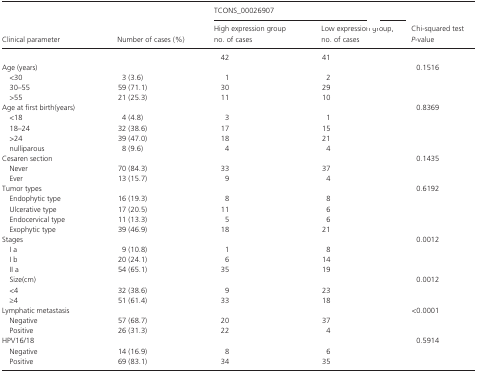
<table><thead><tr><td rowspan="2"><b>Clinical parameter</b></td><td rowspan="2"><b>Number of cases (%)</b></td><td colspan="2"><b>TCONS_00026907</b></td><td rowspan="2"><b>Chi‐squared test <i>P</i>‐value</b></td></tr><tr><td><b>High expression group no. of cases</b></td><td><b>Low expression group, no. of cases</b></td></tr></thead><tbody><tr><td></td><td></td><td>42</td><td>41</td><td></td></tr><tr><td>Age (years)</td><td></td><td></td><td></td><td>0.1516</td></tr><tr><td>&lt;30</td><td>3 (3.6)</td><td>1</td><td>2</td><td></td></tr><tr><td>30–55</td><td>59 (71.1)</td><td>30</td><td>29</td><td></td></tr><tr><td>&gt;55</td><td>21 (25.3)</td><td>11</td><td>10</td><td></td></tr><tr><td>Age at first birth(years)</td><td></td><td></td><td></td><td>0.8369</td></tr><tr><td>&lt;18</td><td>4 (4.8)</td><td>3</td><td>1</td><td></td></tr><tr><td>18–24</td><td>32 (38.6)</td><td>17</td><td>15</td><td></td></tr><tr><td>&gt;24</td><td>39 (47.0)</td><td>18</td><td>21</td><td></td></tr><tr><td>nulliparous</td><td>8 (9.6)</td><td>4</td><td>4</td><td></td></tr><tr><td>Cesaren section</td><td></td><td></td><td></td><td>0.1435</td></tr><tr><td>Never</td><td>70 (84.3)</td><td>33</td><td>37</td><td></td></tr><tr><td>Ever</td><td>13 (15.7)</td><td>9</td><td>4</td><td></td></tr><tr><td>Tumor types</td><td></td><td></td><td></td><td>0.6192</td></tr><tr><td>Endophytic type</td><td>16 (19.3)</td><td>8</td><td>8</td><td></td></tr><tr><td>Ulcerative type</td><td>17 (20.5)</td><td>11</td><td>6</td><td></td></tr><tr><td>Endocervical type</td><td>11 (13.3)</td><td>5</td><td>6</td><td></td></tr><tr><td>Exophytic type</td><td>39 (46.9)</td><td>18</td><td>21</td><td></td></tr><tr><td>Stages</td><td></td><td></td><td></td><td>0.0012</td></tr><tr><td>I a</td><td>9 (10.8)</td><td>1</td><td>8</td><td></td></tr><tr><td>I b</td><td>20 (24.1)</td><td>6</td><td>14</td><td></td></tr><tr><td>II a</td><td>54 (65.1)</td><td>35</td><td>19</td><td></td></tr><tr><td>Size(cm)</td><td></td><td></td><td></td><td>0.0012</td></tr><tr><td>&lt;4</td><td>32 (38.6)</td><td>9</td><td>23</td><td></td></tr><tr><td>≥4</td><td>51 (61.4)</td><td>33</td><td>18</td><td></td></tr><tr><td>Lymphatic metastasis</td><td></td><td></td><td></td><td>&lt;0.0001</td></tr><tr><td>Negative</td><td>57 (68.7)</td><td>20</td><td>37</td><td></td></tr><tr><td>Positive</td><td>26 (31.3)</td><td>22</td><td>4</td><td></td></tr><tr><td>HPV16/18</td><td></td><td></td><td></td><td>0.5914</td></tr><tr><td>Negative</td><td>14 (16.9)</td><td>8</td><td>6</td><td></td></tr><tr><td>Positive</td><td>69 (83.1)</td><td>34</td><td>35</td><td></td></tr></tbody></table>